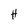
Character: H